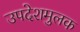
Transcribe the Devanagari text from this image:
उपदेशमुलक